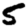
Digit: 5